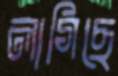
লাগিছে